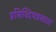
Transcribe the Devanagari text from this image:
प्रसिध्दिपत्रकात